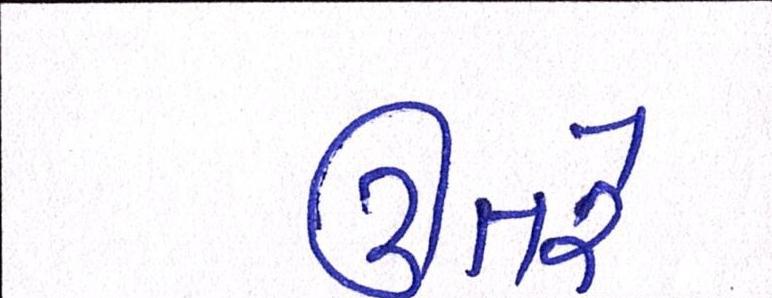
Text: ઊતરે